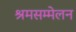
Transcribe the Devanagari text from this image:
श्रमसम्मेलन